Annual administration report of the Civil Veterinary Department of India - 1899-1900
Year: 1899
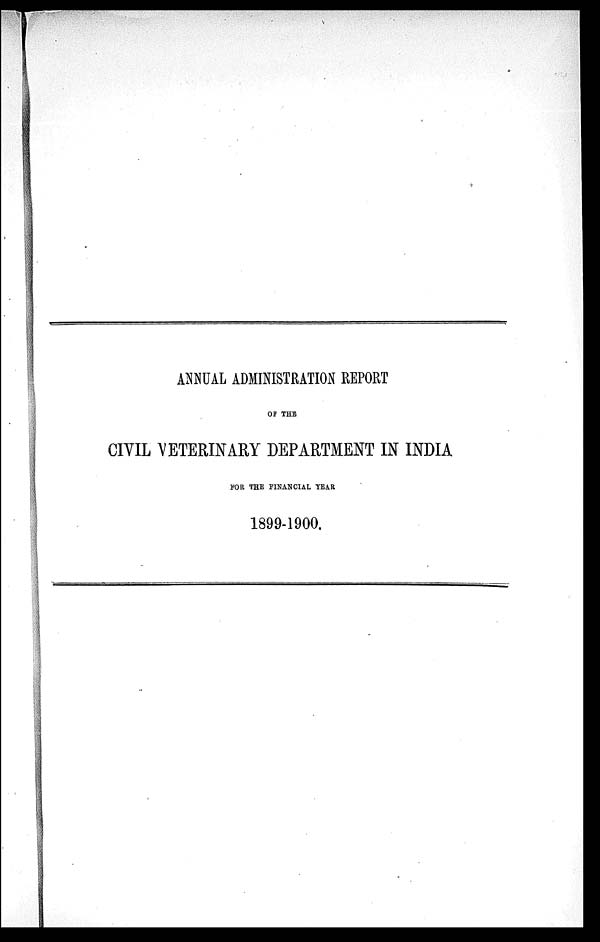
ANNUAL ADMINISTRATION REPORT
OF THE
CIVIL VETERINARY DEPARTMENT IN INDIA
FOR THE FINANCIAL YEAR
1899-1900.